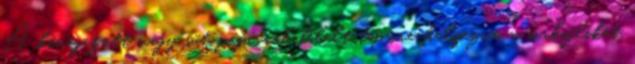
A kivajazott vagy sütőpapírral bélelt tepsire helyezve a sörkifliket